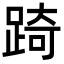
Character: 踦